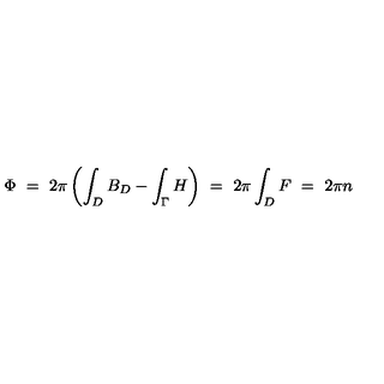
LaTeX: \Phi \ = \ 2 \pi \left( \int _ { D } B _ { D } - \int _ { \Gamma } H \right) \ = \ 2 \pi \int _ { D } F \ = \ 2 \pi n